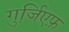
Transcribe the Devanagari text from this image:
गुर्जि़एफ़